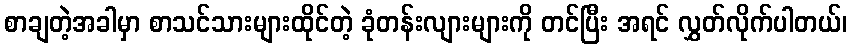
စာချတဲ့အခါမှာ စာသင်သားများထိုင်တဲ့ ခုံတန်းလျားများကို တင်ပြီး အရင် လွှတ်လိုက်ပါတယ်၊